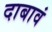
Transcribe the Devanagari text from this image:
दाबावं